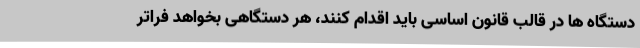
دستگاه ها در قالب قانون اساسی باید اقدام کنند، هر دستگاهی بخواهد فراتر